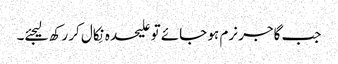
جب گاجر نرم ہو جائے تو علیحدہ نِکال کر رکھ لیجئے۔